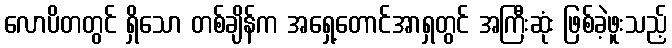
လောပိတတွင် ရှိသော တစ်ချိန်က အရှေ့တောင်အာရှတွင် အကြီးဆုံး ဖြစ်ခဲ့ဖူးသည့်